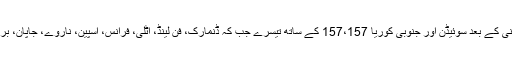
دنیا میں طاقتور پاسپورٹس رکھنے والے ممالک میں جرمنی کے بعد سوئیڈن اور جنوبی کوریا 157،157 کے ساتھ تیسرے جب کہ ڈنمارک، فن لینڈ، اٹلی، فرانس، اسپین، ناروے، جاپان، برطانیہ 156 پوائنٹس کے ساتھ چوتھے نمبر پر موجود ہیں۔